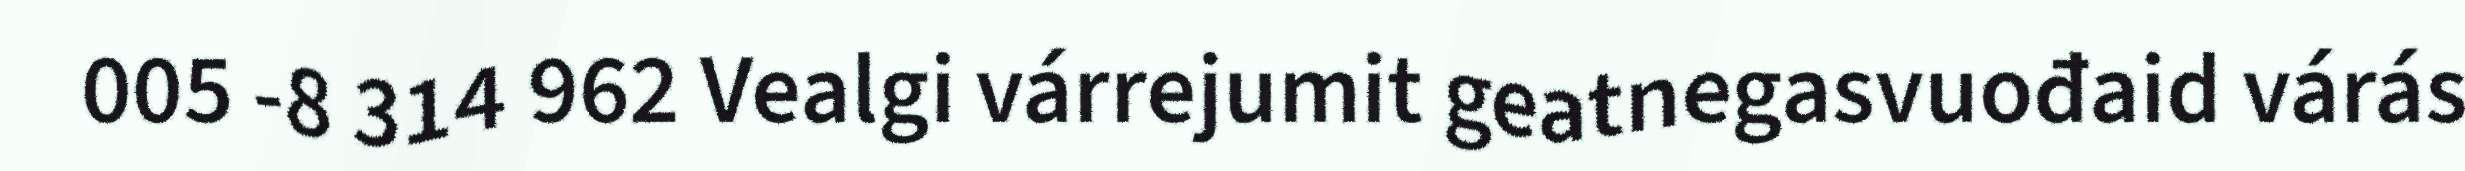
005 -8 314 962 Vealgi várrejumit geatnegasvuođaid várás